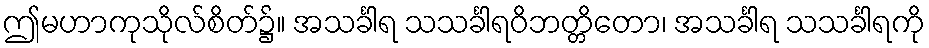
ဤမဟာကုသိုလ်စိတ်၌။ အသင်္ခါရ သသင်္ခါရဝိဘတ္တိတော၊ အသင်္ခါရ သသင်္ခါရကို